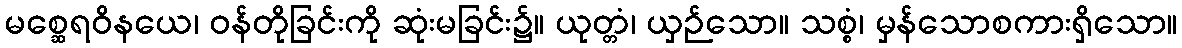
မစ္ဆေရဝိနယေ၊ ဝန်တိုခြင်းကို ဆုံးမခြင်း၌။ ယုတ္တံ၊ ယှဉ်သော။ သစ္စံ၊ မှန်သောစကားရှိသော။